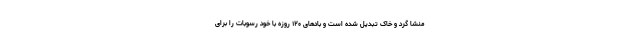
منشا گرد و خاک تبدیل شده است و بادهای ۱۲۰ روزه با خود رسوبات را برای